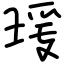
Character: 瑗